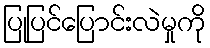
ပြုပြင်ပြောင်းလဲမှုကို